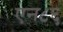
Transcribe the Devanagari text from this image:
एन८६